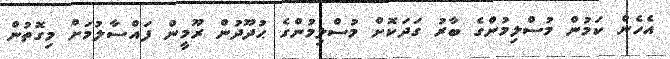
އެހެން ކަމުން މުސްލިމުންގެ ބާރު ގަދަކޮށް މުސްލިމުންގެ ޙުދޫދުން ރޫމީން ފައްސާލުމަށް މިގޮތުން